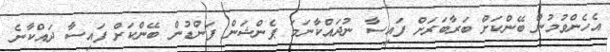
އެހެންވުމުން ބޭންކަށް ބަރާބަރަށް ފައިސާ ނުދައްކާނަމަ ޕެންޝަން ފަންޑުން ބޭންކަށް ފައިސާ ދައްކާނެ